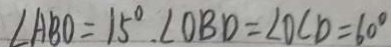
\angle A B O = 1 5 ^ { \circ } . \angle O B D = \angle O C D = 6 0 ^ { \circ }